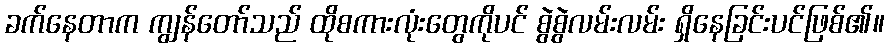
ခက်နေတာက ကျွန်တော်သည် ထိုစကားလုံးတွေကိုပင် စွဲစွဲလမ်းလမ်း ရှိနေခြင်းပင်ဖြစ်၏။